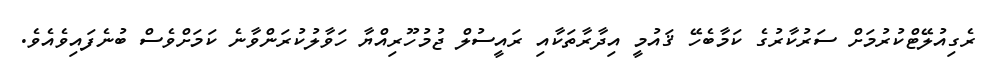
ރެގިއުލޭޓްކުރުމަށް ސަރުކާރުގެ ކަމާބެހޭ ޤައުމީ އިދާރާތަކާއި ރައީސުލް ޖުމުހޫރިއްޔާ ހަވާލުކުރަންވާނެ ކަމަށްވެސް ބުނެފައިވެއެވެ.